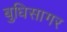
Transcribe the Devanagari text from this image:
बुधिसागर